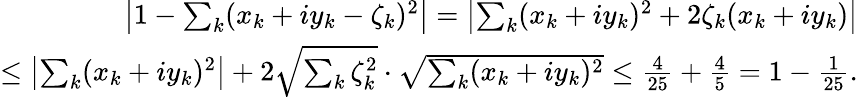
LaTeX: \begin{array}{r}{\left|1-\sum_{k}(x_{k}+iy_{k}-\zeta_{k})^{2}\right|=\left|\sum_{k}(x_{k}+iy_{k})^{2}+2\zeta_{k}(x_{k}+iy_{k})\right|}\\ {\leq\left|\sum_{k}(x_{k}+iy_{k})^{2}\right|+2\sqrt{\sum_{k}\zeta_{k}^{2}}\cdot\sqrt{\sum_{k}(x_{k}+iy_{k})^{2}}\leq\frac{4}{25}+\frac{4}{5}=1-\frac{1}{25}.}\end{array}